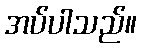
အပ်ပါသည်။